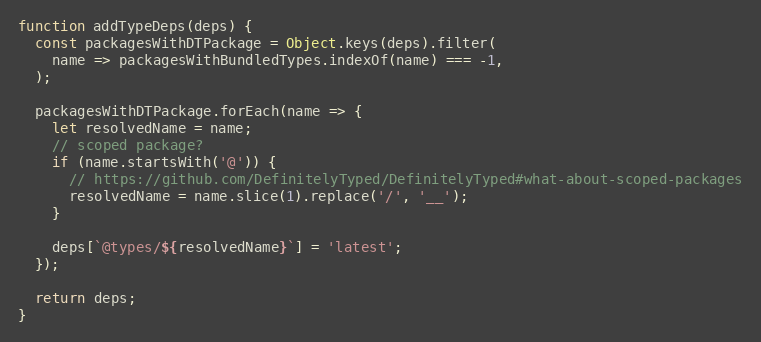
Language: JavaScript
function addTypeDeps(deps) {
  const packagesWithDTPackage = Object.keys(deps).filter(
    name => packagesWithBundledTypes.indexOf(name) === -1,
  );

  packagesWithDTPackage.forEach(name => {
    let resolvedName = name;
    // scoped package?
    if (name.startsWith('@')) {
      // https://github.com/DefinitelyTyped/DefinitelyTyped#what-about-scoped-packages
      resolvedName = name.slice(1).replace('/', '__');
    }

    deps[`@types/${resolvedName}`] = 'latest';
  });

  return deps;
}